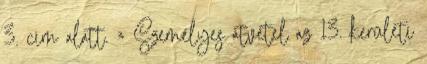
3. cím alatt. » Személyes átvétel az 13. kerületi